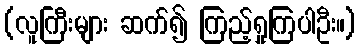
(လူကြီးများ ဆက်၍ ကြည့်ရှုကြပါဦး။)